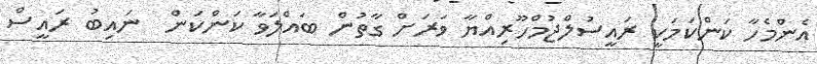
އެންމެހާ ކަންކަމަކީ ރައީސުލްޖުމްހޫރިއްޔާ ވަރަށް ގާތުން ބައްލަވާ ކަންކަން  ނައިބު ރައީސް